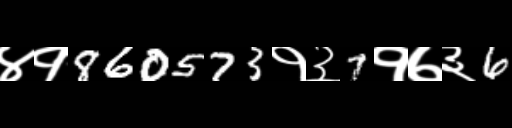
Text: ४१860573१३7१७३6